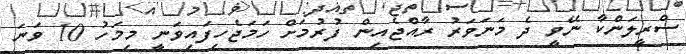
ސްރީލަންކާ ނޭވީ ދެ މަނަވަރު ރާއްޖެއިން ފުރުމަށް ހަމަޖެހިފައިވަނީ މިމަހު 10 ވަނަ